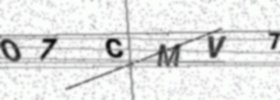
Text: O7CMV7